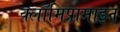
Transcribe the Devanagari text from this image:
क्लॉमिप्रामाइन